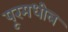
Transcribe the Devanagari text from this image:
पूरमधील